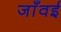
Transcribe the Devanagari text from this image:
जाँवई